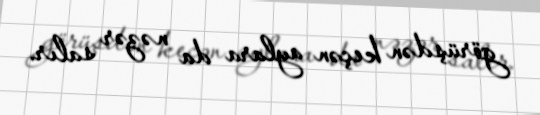
görüşdən keçən aylara da nəzər salır.